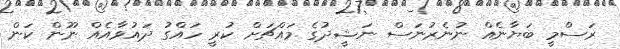
ރަސްމީ ބަޔާނެއް ނުނެރުނަސް ނަޝީދުގެ މައްޗަށް ކުރީ ހައްގު ދައުވާއެއް ނޫން ކަން